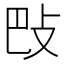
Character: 𢻷